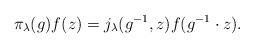
LaTeX: \begin{align*} \pi_\lambda(g) f(z) = j_\lambda (g^{-1}, z) f(g^{-1}\cdot z).\end{align*}